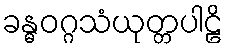
ခန္ဓဝဂ္ဂသံယုတ္တပါဠိ